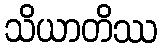
သိယာတိဿ